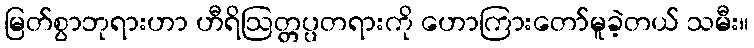
မြတ်စွာဘုရားဟာ ဟီရိဩတ္တပ္ပတရားကို ဟောကြားတော်မူခဲ့တယ် သမီး။